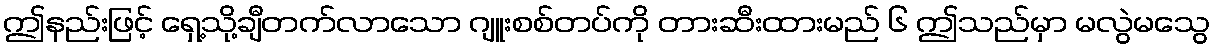
ဤနည်းဖြင့် ရှေ့သို့ချီတက်လာသော ဂျူးစစ်တပ်ကို တားဆီးထားမည် ၆ ဤသည်မှာ မလွဲမသွေ